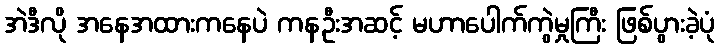
အဲဒီလို အနေအထားကနေပဲ ကနဦးအဆင့် မဟာပေါက်ကွဲမှုကြီး ဖြစ်ပွားခဲ့ပုံ